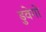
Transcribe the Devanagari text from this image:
डुवेगो